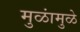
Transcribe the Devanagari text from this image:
मुळांमुळे